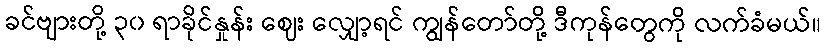
ခင်ဗျားတို့ ၃၀ ရာခိုင်နှုန်း ဈေး လျှော့ရင် ကျွန်တော်တို့ ဒီကုန်တွေကို လက်ခံမယ်။